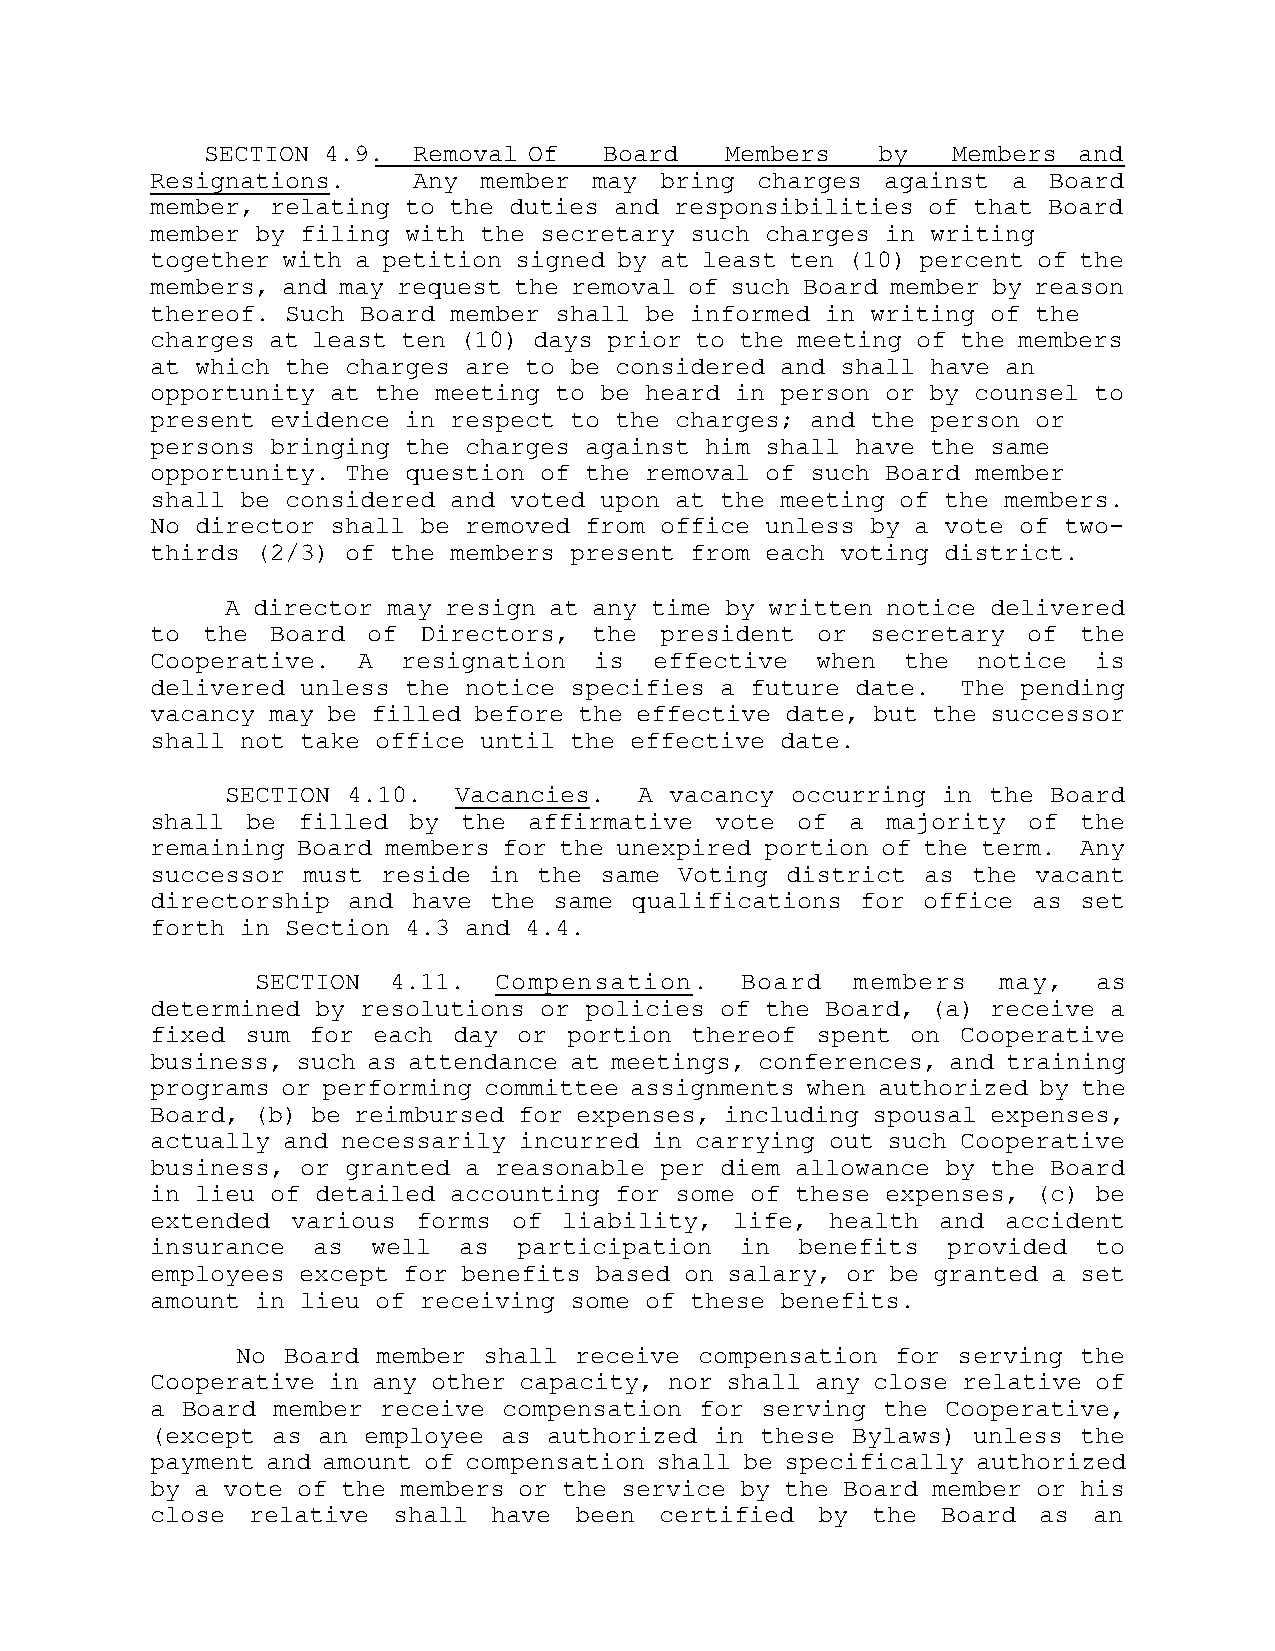
SECTION 4.9. Removal Of   Board   Members   by   Members and
 Resignations.    Any  member may  bring charges  against a Board
 member, relating to the duties and responsibilities of that Board
 member by filing with the secretary such charges in writing
 together with a petition signed by at least ten (10) percent of the
 members, and may request the removal of such Board member by reason
 thereof. Such Board member shall be informed in writing of the
 charges at least ten (10) days prior to the meeting of the members
 at which the charges are to be considered and shall have an
 opportunity at the meeting to be heard in person or by counsel to
 present evidence in respect to the charges; and the person or
 persons bringing the charges against him shall have the same
 opportunity. The question of the removal of such Board member
 shall be considered and voted upon at the meeting of the members.
 No director shall be removed from office unless by a vote of two-
 thirds (2/3) of the members present from each voting district.
 A director may resign at any time by written notice delivered
 to the  Board of  Directors, the  president or  secretary of the
 Cooperative.  A  resignation is  effective  when  the  notice is
 delivered unless the notice specifies a future date.  The pending
 vacancy may be filled before the effective date, but the successor
 shall not take office until the effective date.
 SECTION 4.10.  Vacancies.  A vacancy occurring in the  Board
 shall be  filled by  the affirmative vote  of a  majority of the
 remaining Board members for the unexpired portion of the term. Any
 successor must reside in  the same Voting district as the  vacant
 directorship and have the  same qualifications for office as set
 forth in Section 4.3 and 4.4.
 SECTION  4.11.  Compensation.   Board   members  may,   as
 determined by resolutions or policies of the Board, (a) receive a
 fixed sum for  each day or  portion thereof spent on  Cooperative
 business, such as attendance at meetings, conferences, and training
 programs or performing committee assignments when authorized by the
 Board, (b) be reimbursed for expenses, including spousal expenses,
 actually and necessarily incurred in carrying out such Cooperative
 business, or granted a reasonable per diem allowance by the Board
 in lieu of detailed accounting for some of these expenses, (c) be
 extended various  forms of liability,  life, health and  accident
 insurance  as  well as  participation  in  benefits  provided to
 employees except for benefits based on salary, or be granted a set
 amount in lieu of receiving some of these benefits.
 No Board member shall receive compensation for serving the
 Cooperative in any other capacity, nor shall any close relative of
 a Board member receive compensation for serving the  Cooperative,
 (except as an employee as authorized in these Bylaws) unless the
 payment and amount of compensation shall be specifically authorized
 by a vote of the members or the service by the Board member or his
 close relative  shall  have been  certified by  the Board  as an